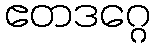
ဧတဒဂ္ဂေ